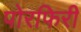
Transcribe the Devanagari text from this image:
पोरफिरी